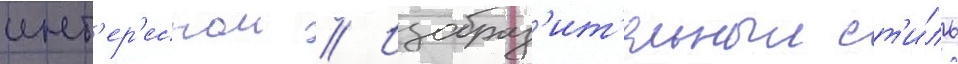
инт'ер'еснои // Изобраз'ит'ельныи ст'и́ль